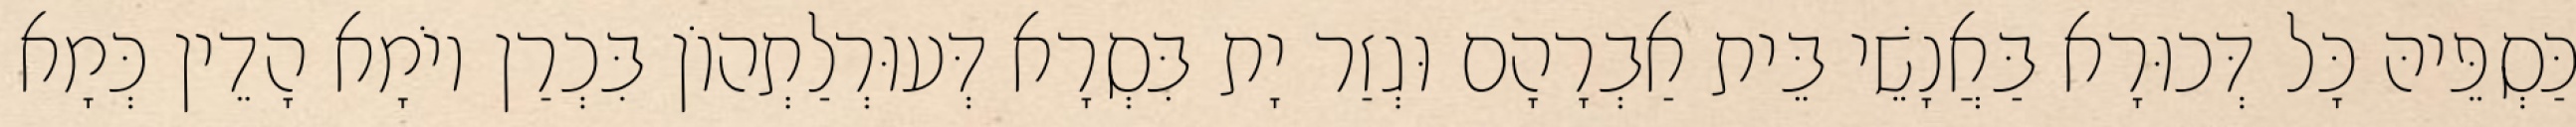
כַּסְפֵּיהּ כָּל דְּכוּרָא בַּאֲנָשֵׁי בֵּית אַבְרָהָם וּגְזַר יָת בִּסְרָא דְּעוּרְלַתְהוֹן בִּכְרַן יוֹמָא הָדֵין כְּמָא